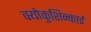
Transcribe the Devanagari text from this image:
क्योकुशिन्काई